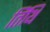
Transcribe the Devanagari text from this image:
तिंथि